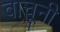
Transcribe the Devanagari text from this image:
वाचूनी